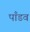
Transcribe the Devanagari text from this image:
पाँडव